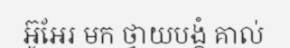
អ៊ូអែរ មក ថ្វាយបង្គំ គាល់